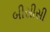
બીસીસી